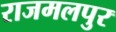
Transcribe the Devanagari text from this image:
राजमलपुर